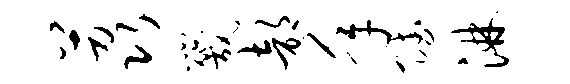
荔咒部年赋淋